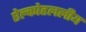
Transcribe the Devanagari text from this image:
ऐल्कोहललीय